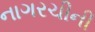
નાગરચીની